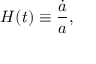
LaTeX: H ( t ) \equiv { \frac { \dot { a } } { a } } ,